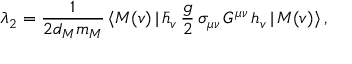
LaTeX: \lambda _ { 2 } = { \frac { 1 } { 2 d _ { M } m _ { M } } } \, \langle M ( v ) \, | \, \bar { h } _ { v } \, { \frac { g } { 2 } } \, \sigma _ { \mu \nu } \, G ^ { \mu \nu } \, h _ { v } \, | \, M ( v ) \rangle \, ,